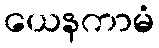
ယေနကာမံ